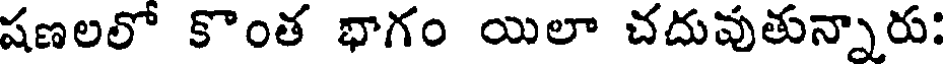
షణలలో కొంత భాగం యిలా చదువుతున్నారు